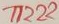
Text: T1222